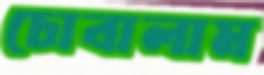
চোবালাম